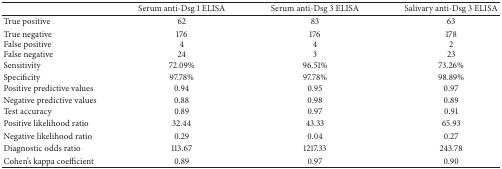
<table><thead><tr><td><b> </b></td><td><b>Serum anti-Dsg 1 ELISA</b></td><td><b>Serum anti-Dsg 3 ELISA</b></td><td><b>Salivary anti-Dsg 3 ELISA</b></td></tr></thead><tbody><tr><td>True positive</td><td>62</td><td>83</td><td>63</td></tr><tr><td>True negative</td><td>176</td><td>176</td><td>178</td></tr><tr><td>False positive</td><td>4</td><td>4</td><td>2</td></tr><tr><td>False negative</td><td>24</td><td>3</td><td>23</td></tr><tr><td>Sensitivity</td><td>72.09%</td><td>96.51%</td><td>73.26%</td></tr><tr><td>Specificity</td><td>97.78%</td><td>97.78%</td><td>98.89%</td></tr><tr><td>Positive predictive values</td><td>0.94</td><td>0.95</td><td>0.97</td></tr><tr><td>Negative predictive values</td><td>0.88</td><td>0.98</td><td>0.89</td></tr><tr><td>Test accuracy</td><td>0.89</td><td>0.97</td><td>0.91</td></tr><tr><td>Positive likelihood ratio</td><td>32.44</td><td>43.33</td><td>65.93</td></tr><tr><td>Negative likelihood ratio</td><td>0.29</td><td>0.04</td><td>0.27</td></tr><tr><td>Diagnostic odds ratio</td><td>113.67</td><td>1217.33</td><td>243.78</td></tr><tr><td>Cohen&#x27;s kappa coefficient</td><td>0.89</td><td>0.97</td><td>0.90</td></tr></tbody></table>